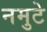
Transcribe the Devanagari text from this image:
नमुटे